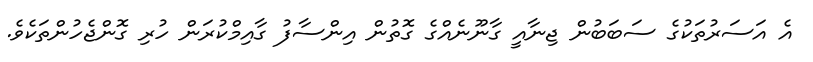
އެ އަސަރުތަކުގެ ސަބަބުން ޖިނާއީ ގާނޫނެއްގެ ގޮތުން އިންސާފު ގާއިމްކުރަން ހުރި ގޮންޖެހުންތަކެވެ.